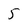
Character: 5